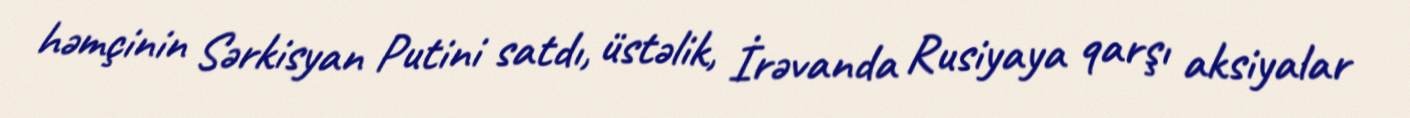
həmçinin Sərkisyan Putini satdı, üstəlik, İrəvanda Rusiyaya qarşı aksiyalar